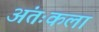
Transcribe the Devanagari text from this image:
अंतःकला